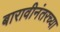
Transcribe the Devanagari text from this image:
बारावीनंतरच्या